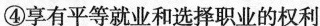
④享有平等就业和选择职业的权利